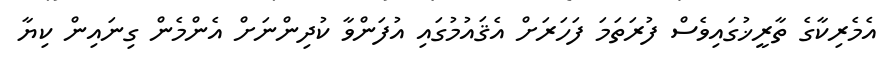
އެމެރިކާގެ ތާރީޚުގައިވެސް ފުރަތަމަ ފަހަރަށް އެޤައުމުގައި އުފަންވާ ކުދިންނަށް އެންމެން ގިނައިން ކިޔާ